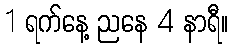
1 ရက်နေ့ ညနေ 4 နာရီ။